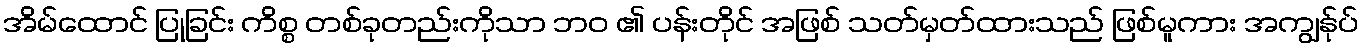
အိမ်ထောင် ပြုခြင်း ကိစ္စ တစ်ခုတည်းကိုသာ ဘဝ ၏ ပန်းတိုင် အဖြစ် သတ်မှတ်ထားသည် ဖြစ်မူကား အကျွန်ုပ်